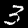
Digit: 3